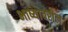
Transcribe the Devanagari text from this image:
भाष्यावरील